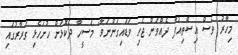
މިހާރު ވެސް އިސްތިއުފާ ދެއްވަން ޖެހި ވަޑައިގަންނަވާ" މަސީހާ ދެކޮޅަށް ހުށަހެޅި ގަރާރުގައި